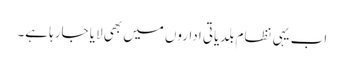
اب یہی نظام بلدیاتی اداروں میں بھی لایا جارہا ہے۔